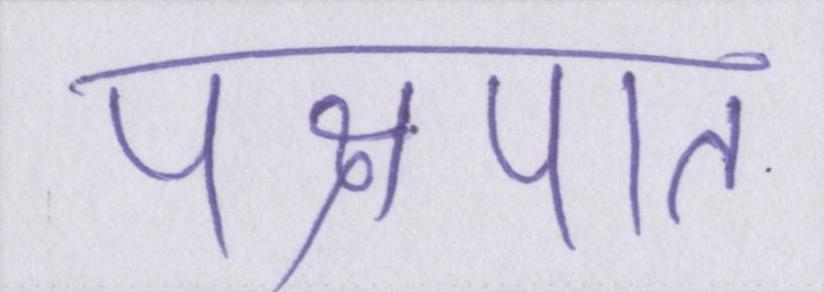
पक्षपात